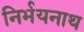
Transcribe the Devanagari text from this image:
निर्भयनाथ